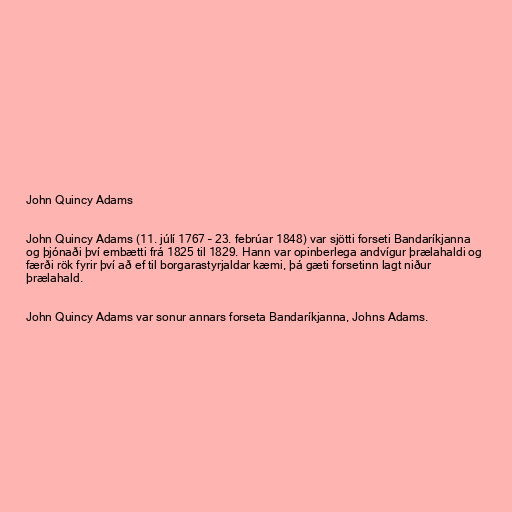
John Quincy Adams

John Quincy Adams (11. júlí 1767 – 23. febrúar 1848) var sjötti forseti Bandaríkjanna
og þjónaði því embætti frá 1825 til 1829. Hann var opinberlega andvígur þrælahaldi og
færði rök fyrir því að ef til borgarastyrjaldar kæmi, þá gæti forsetinn lagt niður
þrælahald.

John Quincy Adams var sonur annars forseta Bandaríkjanna, Johns Adams.